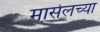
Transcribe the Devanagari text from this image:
मार्सेलच्या